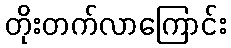
တိုးတက်လာကြောင်း